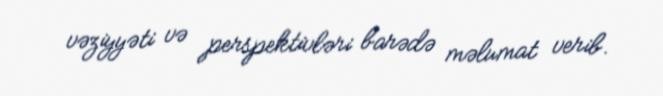
vəziyyəti və perspektivləri barədə məlumat verib.